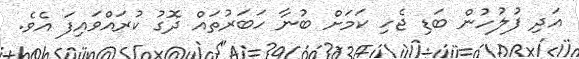
އަދި ފުލުހުން ބަޑި ޖެހި ކަމަށް ބުނާ ހަބަރުތައް ދޮގު ކުރައްވައިފަ އެވެ.